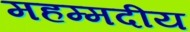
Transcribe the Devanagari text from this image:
महम्मदीय